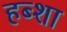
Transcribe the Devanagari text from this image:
हब्शा